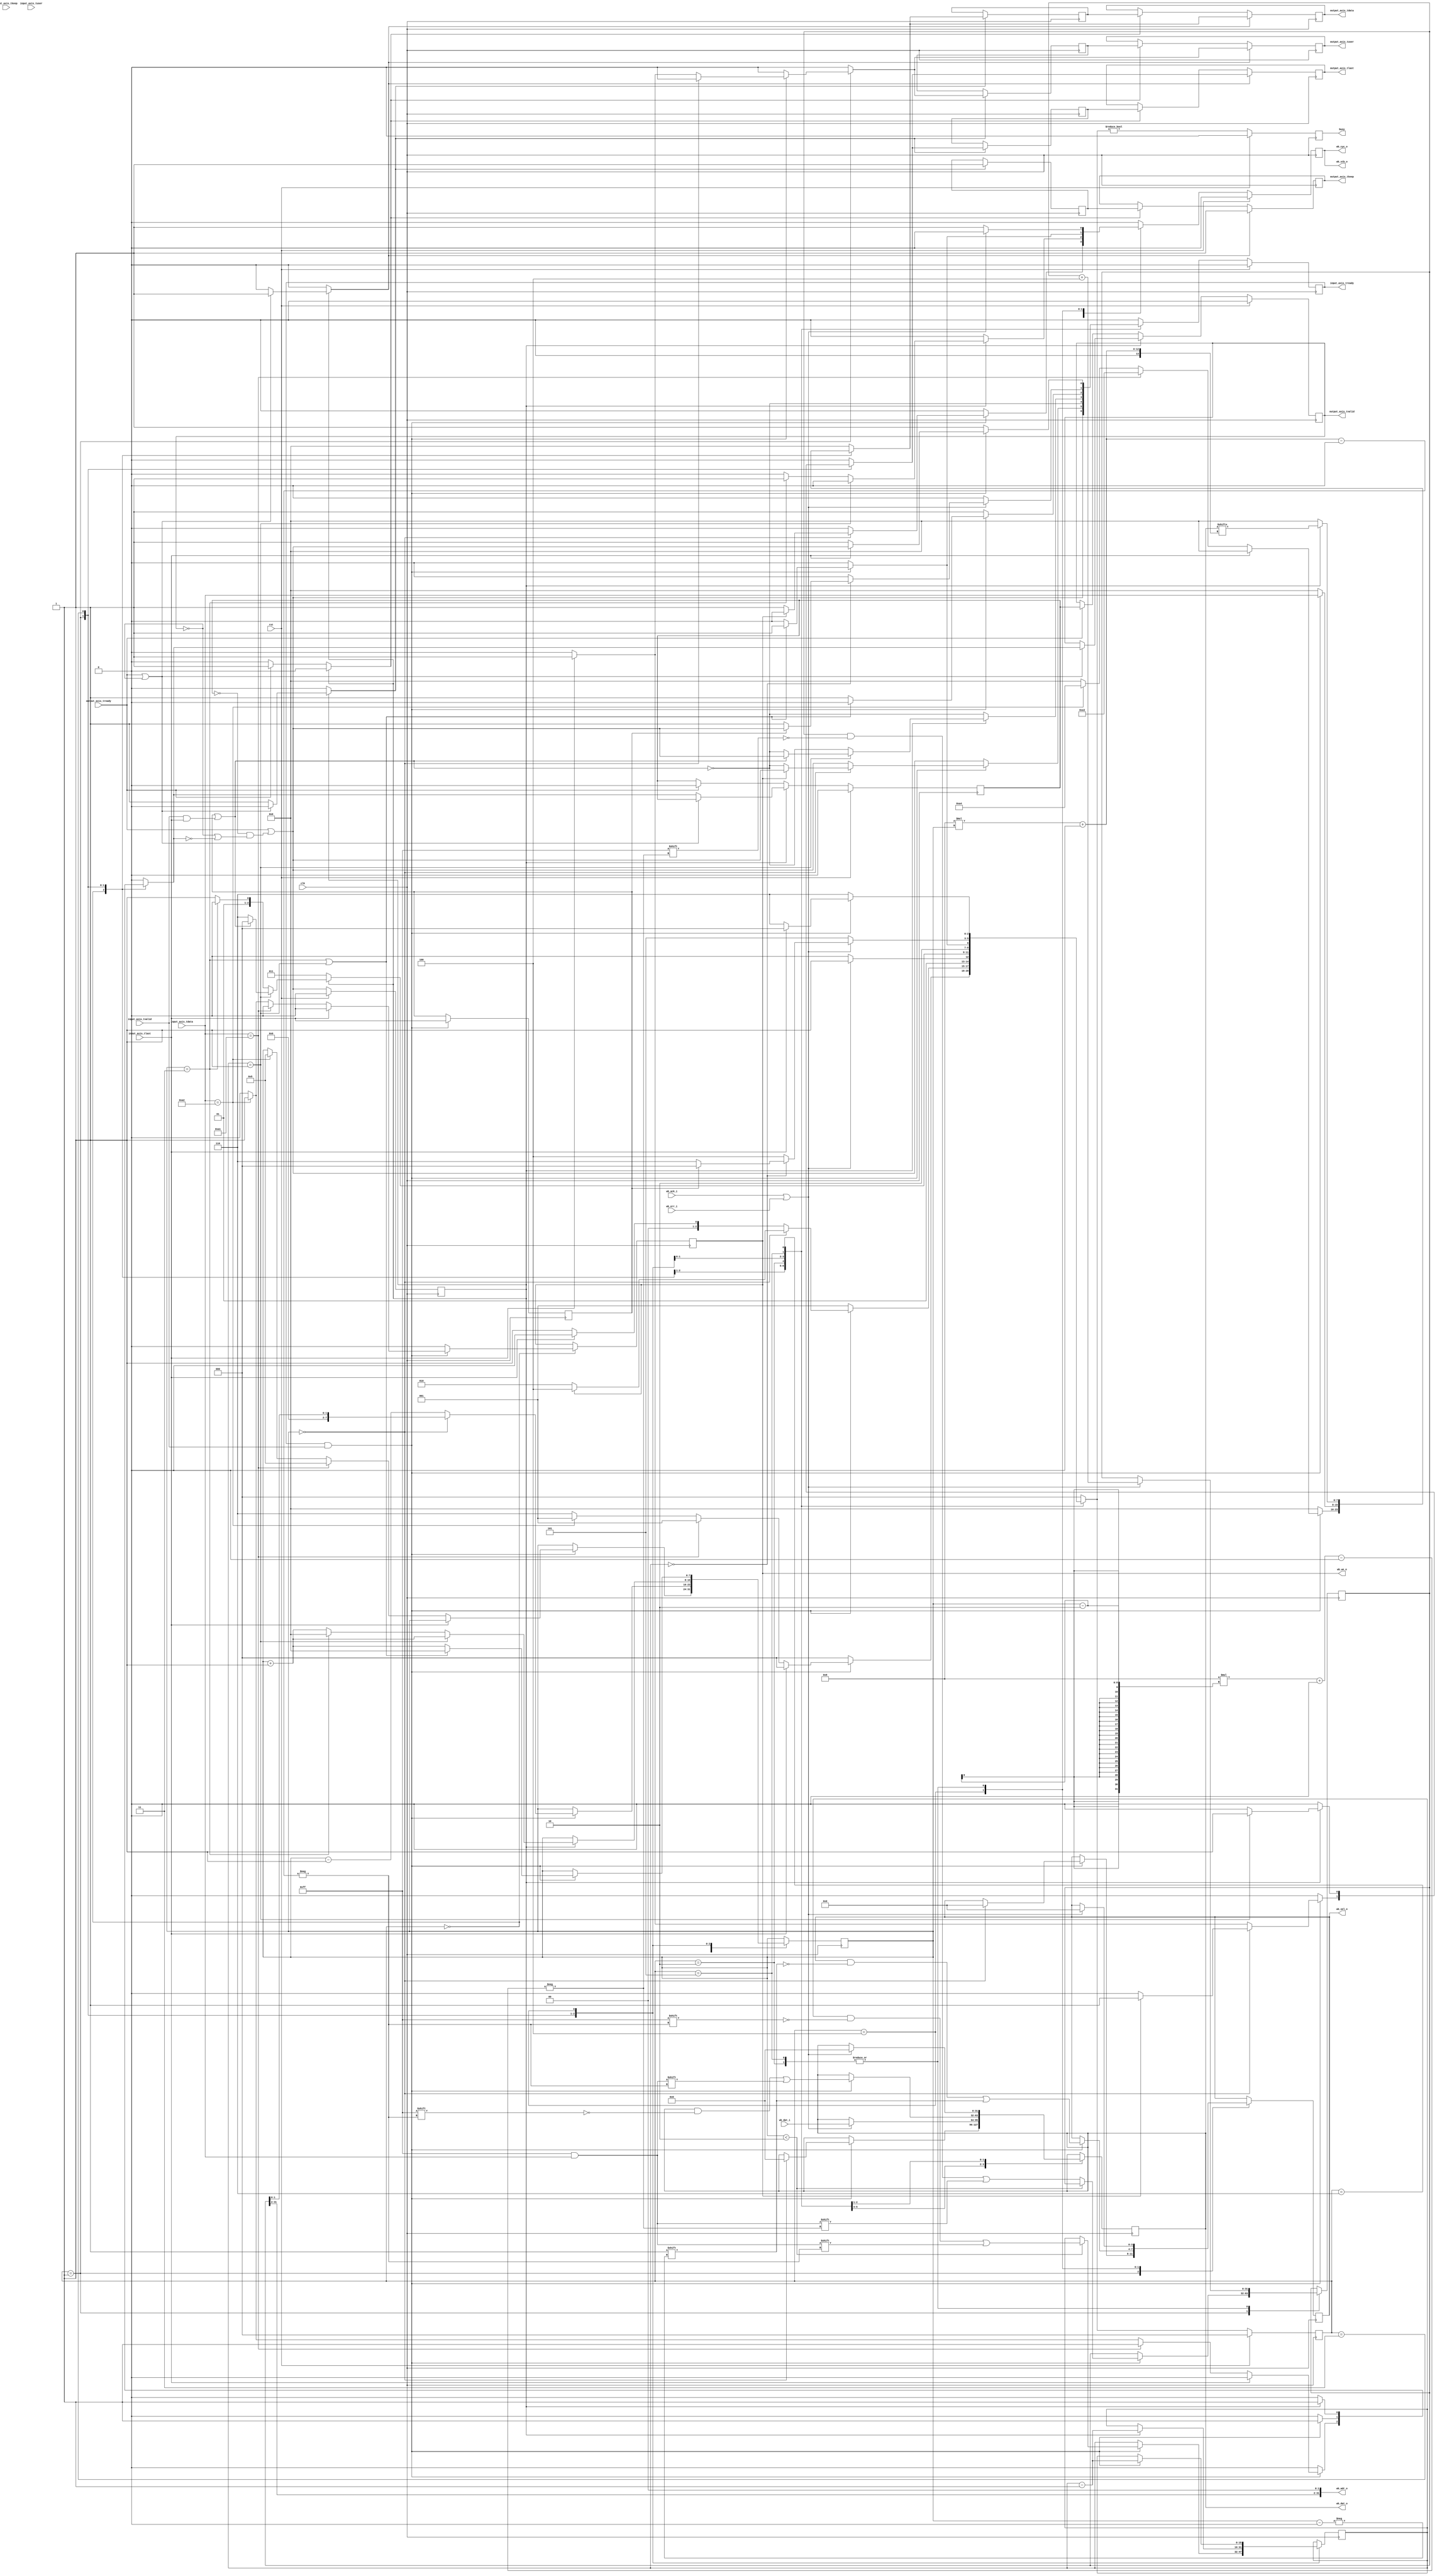
/*

Copyright (c) 2016 Alex Forencich

Permission is hereby granted, free of charge, to any person obtaining a copy
of this software and associated documentation files (the "Software"), to deal
in the Software without restriction, including without limitation the rights
to use, copy, modify, merge, publish, distribute, sublicense, and/or sell
copies of the Software, and to permit persons to whom the Software is
furnished to do so, subject to the following conditions:

The above copyright notice and this permission notice shall be included in
all copies or substantial portions of the Software.

THE SOFTWARE IS PROVIDED "AS IS", WITHOUT WARRANTY OF ANY KIND, EXPRESS OR
IMPLIED, INCLUDING BUT NOT LIMITED TO THE WARRANTIES OF MERCHANTABILITY
FITNESS FOR A PARTICULAR PURPOSE AND NONINFRINGEMENT. IN NO EVENT SHALL THE
AUTHORS OR COPYRIGHT HOLDERS BE LIABLE FOR ANY CLAIM, DAMAGES OR OTHER
LIABILITY, WHETHER IN AN ACTION OF CONTRACT, TORT OR OTHERWISE, ARISING FROM,
OUT OF OR IN CONNECTION WITH THE SOFTWARE OR THE USE OR OTHER DEALINGS IN
THE SOFTWARE.

*/

// Language: Verilog 2001

`timescale 1ns / 1ps

/*
 * AXI stream wishbone master
 */
module axis_wb_master #
(
    parameter IMPLICIT_FRAMING = 0,                  // implicit framing (ignore tlast, look for start)
    parameter COUNT_SIZE = 16,                       // size of word count register
    parameter AXIS_DATA_WIDTH = 8,                   // width of AXI data bus
    parameter AXIS_KEEP_WIDTH = (AXIS_DATA_WIDTH/8), // width of AXI bus tkeep signal
    parameter WB_DATA_WIDTH = 32,                    // width of data bus in bits (8, 16, 32, or 64)
    parameter WB_ADDR_WIDTH = 32,                    // width of address bus in bits
    parameter WB_SELECT_WIDTH = (WB_DATA_WIDTH/8),   // width of word select bus (1, 2, 4, or 8)
    parameter READ_REQ = 8'hA1,                      // read requst type
    parameter WRITE_REQ = 8'hA2,                     // write requst type
    parameter READ_RESP = 8'hA3,                     // read response type
    parameter WRITE_RESP = 8'hA4                     // write response type
)
(
    input  wire                       clk,
    input  wire                       rst,

    /*
     * AXI input
     */
    input  wire [AXIS_DATA_WIDTH-1:0] input_axis_tdata,
    input  wire [AXIS_KEEP_WIDTH-1:0] input_axis_tkeep,
    input  wire                       input_axis_tvalid,
    output wire                       input_axis_tready,
    input  wire                       input_axis_tlast,
    input  wire                       input_axis_tuser,

    /*
     * AXI output
     */
    output wire [AXIS_DATA_WIDTH-1:0] output_axis_tdata,
    output wire [AXIS_KEEP_WIDTH-1:0] output_axis_tkeep,
    output wire                       output_axis_tvalid,
    input  wire                       output_axis_tready,
    output wire                       output_axis_tlast,
    output wire                       output_axis_tuser,

    /*
     * Wishbone interface
     */
    output wire [WB_ADDR_WIDTH-1:0]   wb_adr_o,   // ADR_O() address
    input  wire [WB_DATA_WIDTH-1:0]   wb_dat_i,   // DAT_I() data in
    output wire [WB_DATA_WIDTH-1:0]   wb_dat_o,   // DAT_O() data out
    output wire                       wb_we_o,    // WE_O write enable output
    output wire [WB_SELECT_WIDTH-1:0] wb_sel_o,   // SEL_O() select output
    output wire                       wb_stb_o,   // STB_O strobe output
    input  wire                       wb_ack_i,   // ACK_I acknowledge input
    input  wire                       wb_err_i,   // ERR_I error input
    output wire                       wb_cyc_o,   // CYC_O cycle output

    /*
     * Status
     */
    output wire                       busy
);

// bus word width
localparam AXIS_DATA_WORD_SIZE = AXIS_DATA_WIDTH / AXIS_KEEP_WIDTH;

// for interfaces that are more than one word wide, disable address lines
parameter WB_VALID_ADDR_WIDTH = WB_ADDR_WIDTH - $clog2(WB_SELECT_WIDTH);
// width of data port in words (1, 2, 4, or 8)
parameter WB_WORD_WIDTH = WB_SELECT_WIDTH;
// size of words (8, 16, 32, or 64 bits)
parameter WB_WORD_SIZE = WB_DATA_WIDTH/WB_WORD_WIDTH;

parameter WORD_PART_ADDR_WIDTH = $clog2(WB_WORD_SIZE/AXIS_DATA_WORD_SIZE);

parameter ADDR_WIDTH_ADJ = WB_ADDR_WIDTH+WORD_PART_ADDR_WIDTH;

parameter COUNT_WORD_WIDTH = (COUNT_SIZE+AXIS_DATA_WORD_SIZE-1)/AXIS_DATA_WORD_SIZE;
parameter ADDR_WORD_WIDTH = (ADDR_WIDTH_ADJ+AXIS_DATA_WORD_SIZE-1)/AXIS_DATA_WORD_SIZE;

// bus width assertions
initial begin
    if (AXIS_KEEP_WIDTH * AXIS_DATA_WORD_SIZE != AXIS_DATA_WIDTH) begin
        $error("Error: AXI data width not evenly divisble");
        $finish;
    end

    if (WB_WORD_WIDTH * WB_WORD_SIZE != WB_DATA_WIDTH) begin
        $error("Error: WB data width not evenly divisble");
        $finish;
    end

    if (2**$clog2(WB_WORD_WIDTH) != WB_WORD_WIDTH) begin
        $error("Error: WB word width must be even power of two");
        $finish;
    end

    if (AXIS_DATA_WORD_SIZE*2**$clog2(WB_WORD_SIZE/AXIS_DATA_WORD_SIZE) != WB_WORD_SIZE) begin
        $error("Error: WB word size must be a power of two multiple of the AXI word size");
        $finish;
    end

    if (AXIS_KEEP_WIDTH > 1) begin
        $error("Error: currently, only single word AXI bus supported");
        $finish;
    end
end

localparam [2:0]
    STATE_IDLE = 3'd0,
    STATE_HEADER = 3'd1,
    STATE_READ_1 = 3'd2,
    STATE_READ_2 = 3'd3,
    STATE_WRITE_1 = 3'd4,
    STATE_WRITE_2 = 3'd5,
    STATE_WAIT_LAST = 3'd6;

reg [2:0] state_reg = STATE_IDLE, state_next;

reg [COUNT_SIZE-1:0] ptr_reg = {COUNT_SIZE{1'b0}}, ptr_next;
reg [7:0] count_reg = 8'd0, count_next;
reg last_cycle_reg = 1'b0;

reg [ADDR_WIDTH_ADJ-1:0] addr_reg = {ADDR_WIDTH_ADJ{1'b0}}, addr_next;
reg [WB_DATA_WIDTH-1:0] data_reg = {WB_DATA_WIDTH{1'b0}}, data_next;

reg input_axis_tready_reg = 1'b0, input_axis_tready_next;

reg wb_we_o_reg = 1'b0, wb_we_o_next;
reg [WB_SELECT_WIDTH-1:0] wb_sel_o_reg = {WB_SELECT_WIDTH{1'b0}}, wb_sel_o_next;
reg wb_stb_o_reg = 1'b0, wb_stb_o_next;
reg wb_cyc_o_reg = 1'b0, wb_cyc_o_next;

reg busy_reg = 1'b0;

// internal datapath
reg [AXIS_DATA_WIDTH-1:0] output_axis_tdata_int;
reg [AXIS_KEEP_WIDTH-1:0] output_axis_tkeep_int;
reg                       output_axis_tvalid_int;
reg                       output_axis_tready_int_reg = 1'b0;
reg                       output_axis_tlast_int;
reg                       output_axis_tuser_int;
wire                      output_axis_tready_int_early;

assign input_axis_tready = input_axis_tready_reg;

assign wb_adr_o = {addr_reg[ADDR_WIDTH_ADJ-1:ADDR_WIDTH_ADJ-WB_VALID_ADDR_WIDTH], {WB_ADDR_WIDTH-WB_VALID_ADDR_WIDTH{1'b0}}};
assign wb_dat_o = data_reg;
assign wb_we_o = wb_we_o_reg;
assign wb_sel_o = wb_sel_o_reg;
assign wb_stb_o = wb_stb_o_reg;
assign wb_cyc_o = wb_cyc_o_reg;

assign busy = busy_reg;

always @* begin
    state_next = STATE_IDLE;

    ptr_next = ptr_reg;
    count_next = count_reg;

    input_axis_tready_next = 1'b0;

    output_axis_tdata_int = {AXIS_DATA_WIDTH{1'b0}};
    output_axis_tkeep_int = {{AXIS_KEEP_WIDTH-1{1'b0}}, 1'b1};
    output_axis_tvalid_int = 1'b0;
    output_axis_tlast_int = 1'b0;
    output_axis_tuser_int = 1'b0;

    addr_next = addr_reg;
    data_next = data_reg;

    wb_we_o_next = wb_we_o_reg;
    wb_sel_o_next = wb_sel_o_reg;
    wb_stb_o_next = 1'b0;
    wb_cyc_o_next = 1'b0;

    case (state_reg)
        STATE_IDLE: begin
            // idle, wait for start indicator
            input_axis_tready_next = output_axis_tready_int_early;
            wb_we_o_next = 1'b0;

            if (input_axis_tready & input_axis_tvalid) begin
                if (!IMPLICIT_FRAMING & input_axis_tlast) begin
                    state_next = STATE_IDLE;
                end else if (input_axis_tdata == READ_REQ) begin
                    // start of read
                    output_axis_tdata_int = READ_RESP;
                    output_axis_tvalid_int = 1'b1;
                    output_axis_tlast_int = 1'b0;
                    output_axis_tuser_int = 1'b0;
                    wb_we_o_next = 1'b0;
                    count_next = COUNT_WORD_WIDTH+ADDR_WORD_WIDTH-1;
                    state_next = STATE_HEADER;
                end else if (input_axis_tdata == WRITE_REQ) begin
                    // start of write
                    output_axis_tdata_int = WRITE_RESP;
                    output_axis_tvalid_int = 1'b1;
                    output_axis_tlast_int = 1'b0;
                    output_axis_tuser_int = 1'b0;
                    wb_we_o_next = 1'b1;
                    count_next = COUNT_WORD_WIDTH+ADDR_WORD_WIDTH-1;
                    state_next = STATE_HEADER;
                end else begin
                    if (IMPLICIT_FRAMING) begin
                        state_next = STATE_IDLE;
                    end else begin
                        state_next = STATE_WAIT_LAST;
                    end
                end
            end else begin
                state_next = STATE_IDLE;
            end
        end
        STATE_HEADER: begin
            // store address and length
            input_axis_tready_next = output_axis_tready_int_early;

            if (input_axis_tready & input_axis_tvalid) begin
                output_axis_tdata_int = input_axis_tdata;
                output_axis_tvalid_int = 1'b1;
                output_axis_tlast_int = 1'b0;
                output_axis_tuser_int = 1'b0;
                if (count_reg < COUNT_WORD_WIDTH) begin
                    ptr_next[AXIS_DATA_WORD_SIZE*count_reg +: AXIS_DATA_WORD_SIZE] = input_axis_tdata;
                end else begin
                    addr_next[AXIS_DATA_WORD_SIZE*(count_reg-COUNT_WORD_WIDTH) +: AXIS_DATA_WORD_SIZE] = input_axis_tdata;
                end
                count_next = count_reg - 1;
                if (count_reg == 0) begin
                    if (WB_ADDR_WIDTH == WB_VALID_ADDR_WIDTH && WORD_PART_ADDR_WIDTH == 0) begin
                        count_next = 0;
                    end else begin
                        count_next = addr_reg[ADDR_WIDTH_ADJ-WB_VALID_ADDR_WIDTH-1:0];
                    end
                    wb_sel_o_next = {WB_SELECT_WIDTH{1'b0}};
                    data_next = {WB_DATA_WIDTH{1'b0}};
                    if (wb_we_o_reg) begin
                        output_axis_tlast_int = 1'b1;
                        state_next = STATE_WRITE_1;
                    end else begin
                        if (IMPLICIT_FRAMING) begin
                            input_axis_tready_next = 1'b0;
                        end else begin
                            input_axis_tready_next = !(last_cycle_reg || (input_axis_tvalid & input_axis_tlast));
                        end
                        wb_cyc_o_next = 1'b1;
                        wb_stb_o_next = 1'b1;
                        state_next = STATE_READ_1;
                    end
                end else begin
                    if (IMPLICIT_FRAMING) begin
                        state_next = STATE_HEADER;
                    end else begin
                        if (input_axis_tlast) begin
                            // end of frame in header
                            output_axis_tlast_int = 1'b1;
                            output_axis_tuser_int = 1'b1;
                            state_next = STATE_IDLE;
                        end else begin
                            state_next = STATE_HEADER;
                        end
                    end
                end
            end else begin
                state_next = STATE_HEADER;
            end
        end
        STATE_READ_1: begin
            // wait for ack
            wb_cyc_o_next = 1'b1;
            wb_stb_o_next = 1'b1;

            // drop padding
            if (!IMPLICIT_FRAMING) begin
                input_axis_tready_next = !(last_cycle_reg || (input_axis_tvalid & input_axis_tlast));
            end

            if (wb_ack_i || wb_err_i) begin
                data_next = wb_dat_i;
                addr_next = addr_reg + (1 << (WB_ADDR_WIDTH-WB_VALID_ADDR_WIDTH+WORD_PART_ADDR_WIDTH));
                wb_cyc_o_next = 1'b0;
                wb_stb_o_next = 1'b0;
                wb_sel_o_next = {WB_SELECT_WIDTH{1'b0}};
                state_next = STATE_READ_2;
            end else begin
                state_next = STATE_READ_1;
            end
        end
        STATE_READ_2: begin
            // send data

            // drop padding
            if (!IMPLICIT_FRAMING) begin
                input_axis_tready_next = !(last_cycle_reg || (input_axis_tvalid & input_axis_tlast));
            end

            if (output_axis_tready_int_reg) begin
                output_axis_tdata_int = data_reg[AXIS_DATA_WORD_SIZE*count_reg +: AXIS_DATA_WORD_SIZE];
                output_axis_tvalid_int = 1'b1;
                output_axis_tlast_int = 1'b0;
                output_axis_tuser_int = 1'b0;
                count_next = count_reg + 1;
                ptr_next = ptr_reg - 1;
                if (ptr_reg == 1) begin
                    output_axis_tlast_int = 1'b1;
                    if (!IMPLICIT_FRAMING && !(last_cycle_reg || (input_axis_tvalid & input_axis_tlast))) begin
                        state_next = STATE_WAIT_LAST;
                    end else begin
                        input_axis_tready_next = output_axis_tready_int_early;
                        state_next = STATE_IDLE;
                    end
                end else if (count_reg == (WB_SELECT_WIDTH*WB_WORD_SIZE/AXIS_DATA_WORD_SIZE)-1) begin
                    count_next = 0;
                    wb_cyc_o_next = 1'b1;
                    wb_stb_o_next = 1'b1;
                    state_next = STATE_READ_1;
                end else begin
                    state_next = STATE_READ_2;
                end
            end else begin
                state_next = STATE_READ_2;
            end
        end
        STATE_WRITE_1: begin
            // write data
            input_axis_tready_next = 1'b1;

            if (input_axis_tready & input_axis_tvalid) begin
                data_next[AXIS_DATA_WORD_SIZE*count_reg +: AXIS_DATA_WORD_SIZE] = input_axis_tdata;
                count_next = count_reg + 1;
                ptr_next = ptr_reg - 1;
                wb_sel_o_next[count_reg >> ((WB_WORD_SIZE/AXIS_DATA_WORD_SIZE)-1)] = 1'b1;
                if (count_reg == (WB_SELECT_WIDTH*WB_WORD_SIZE/AXIS_DATA_WORD_SIZE)-1 || ptr_reg == 1) begin
                    count_next = 0;
                    input_axis_tready_next = 1'b0;
                    wb_cyc_o_next = 1'b1;
                    wb_stb_o_next = 1'b1;
                    state_next = STATE_WRITE_2;
                end else begin
                    state_next = STATE_WRITE_1;
                end
            end else begin
                state_next = STATE_WRITE_1;
            end
        end
        STATE_WRITE_2: begin
            // wait for ack
            wb_cyc_o_next = 1'b1;
            wb_stb_o_next = 1'b1;

            if (wb_ack_i || wb_err_i) begin
                data_next = {WB_DATA_WIDTH{1'b0}};
                addr_next = addr_reg + (1 << (WB_ADDR_WIDTH-WB_VALID_ADDR_WIDTH+WORD_PART_ADDR_WIDTH));
                wb_cyc_o_next = 1'b0;
                wb_stb_o_next = 1'b0;
                wb_sel_o_next = {WB_SELECT_WIDTH{1'b0}};
                if (ptr_reg == 0) begin
                    if (!IMPLICIT_FRAMING && !last_cycle_reg) begin
                        input_axis_tready_next = 1'b1;
                        state_next = STATE_WAIT_LAST;
                    end else begin
                        input_axis_tready_next = output_axis_tready_int_early;
                        state_next = STATE_IDLE;
                    end
                end else begin
                    state_next = STATE_WRITE_1;
                end
            end else begin
                state_next = STATE_WRITE_2;
            end
        end
        STATE_WAIT_LAST: begin
            // wait for end of frame
            input_axis_tready_next = 1'b1;

            if (input_axis_tready & input_axis_tvalid) begin
                if (input_axis_tlast) begin
                    input_axis_tready_next = output_axis_tready_int_early;
                    state_next = STATE_IDLE;
                end else begin
                    state_next = STATE_WAIT_LAST;
                end
            end else begin
                state_next = STATE_WAIT_LAST;
            end
        end
    endcase
end

always @(posedge clk) begin
    if (rst) begin
        state_reg <= STATE_IDLE;
        input_axis_tready_reg <= 1'b0;
        wb_stb_o_reg <= 1'b0;
        wb_cyc_o_reg <= 1'b0;
        busy_reg <= 1'b0;
    end else begin
        state_reg <= state_next;
        input_axis_tready_reg <= input_axis_tready_next;
        wb_stb_o_reg <= wb_stb_o_next;
        wb_cyc_o_reg <= wb_cyc_o_next;
        busy_reg <= state_next != STATE_IDLE;
    end

    ptr_reg <= ptr_next;
    count_reg <= count_next;

    if (input_axis_tready & input_axis_tvalid) begin
        last_cycle_reg <= input_axis_tlast;
    end

    addr_reg <= addr_next;
    data_reg <= data_next;

    wb_we_o_reg <= wb_we_o_next;
    wb_sel_o_reg <= wb_sel_o_next;
end

// output datapath logic
reg [AXIS_DATA_WIDTH-1:0] output_axis_tdata_reg = {AXIS_DATA_WIDTH{1'b0}};
reg [AXIS_KEEP_WIDTH-1:0] output_axis_tkeep_reg = {{AXIS_KEEP_WIDTH-1{1'b0}}, 1'b1};
reg                       output_axis_tvalid_reg = 1'b0, output_axis_tvalid_next;
reg                       output_axis_tlast_reg = 1'b0;
reg                       output_axis_tuser_reg = 1'b0;

reg [AXIS_DATA_WIDTH-1:0] temp_axis_tdata_reg = {AXIS_DATA_WIDTH{1'b0}};
reg [AXIS_KEEP_WIDTH-1:0] temp_axis_tkeep_reg = {{AXIS_KEEP_WIDTH-1{1'b0}}, 1'b1};
reg                       temp_axis_tvalid_reg = 1'b0, temp_axis_tvalid_next;
reg                       temp_axis_tlast_reg = 1'b0;
reg                       temp_axis_tuser_reg = 1'b0;

// datapath control
reg store_axis_int_to_output;
reg store_axis_int_to_temp;
reg store_axis_temp_to_output;

assign output_axis_tdata = output_axis_tdata_reg;
assign output_axis_tkeep = output_axis_tkeep_reg;
assign output_axis_tvalid = output_axis_tvalid_reg;
assign output_axis_tlast = output_axis_tlast_reg;
assign output_axis_tuser = output_axis_tuser_reg;

// enable ready input next cycle if output is ready or the temp reg will not be filled on the next cycle (output reg empty or no input)
assign output_axis_tready_int_early = output_axis_tready | (~temp_axis_tvalid_reg & (~output_axis_tvalid_reg | ~output_axis_tvalid_int));

always @* begin
    // transfer sink ready state to source
    output_axis_tvalid_next = output_axis_tvalid_reg;
    temp_axis_tvalid_next = temp_axis_tvalid_reg;

    store_axis_int_to_output = 1'b0;
    store_axis_int_to_temp = 1'b0;
    store_axis_temp_to_output = 1'b0;
    
    if (output_axis_tready_int_reg) begin
        // input is ready
        if (output_axis_tready | ~output_axis_tvalid_reg) begin
            // output is ready or currently not valid, transfer data to output
            output_axis_tvalid_next = output_axis_tvalid_int;
            store_axis_int_to_output = 1'b1;
        end else begin
            // output is not ready, store input in temp
            temp_axis_tvalid_next = output_axis_tvalid_int;
            store_axis_int_to_temp = 1'b1;
        end
    end else if (output_axis_tready) begin
        // input is not ready, but output is ready
        output_axis_tvalid_next = temp_axis_tvalid_reg;
        temp_axis_tvalid_next = 1'b0;
        store_axis_temp_to_output = 1'b1;
    end
end

always @(posedge clk) begin
    if (rst) begin
        output_axis_tvalid_reg <= 1'b0;
        output_axis_tready_int_reg <= 1'b0;
        temp_axis_tvalid_reg <= 1'b0;
    end else begin
        output_axis_tvalid_reg <= output_axis_tvalid_next;
        output_axis_tready_int_reg <= output_axis_tready_int_early;
        temp_axis_tvalid_reg <= temp_axis_tvalid_next;
    end

    // datapath
    if (store_axis_int_to_output) begin
        output_axis_tdata_reg <= output_axis_tdata_int;
        output_axis_tkeep_reg <= output_axis_tkeep_int;
        output_axis_tlast_reg <= output_axis_tlast_int;
        output_axis_tuser_reg <= output_axis_tuser_int;
    end else if (store_axis_temp_to_output) begin
        output_axis_tdata_reg <= temp_axis_tdata_reg;
        output_axis_tkeep_reg <= temp_axis_tkeep_reg;
        output_axis_tlast_reg <= temp_axis_tlast_reg;
        output_axis_tuser_reg <= temp_axis_tuser_reg;
    end

    if (store_axis_int_to_temp) begin
        temp_axis_tdata_reg <= output_axis_tdata_int;
        temp_axis_tkeep_reg <= output_axis_tkeep_int;
        temp_axis_tlast_reg <= output_axis_tlast_int;
        temp_axis_tuser_reg <= output_axis_tuser_int;
    end
end

endmodule